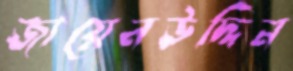
জায়েনউদ্দিন